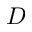
D